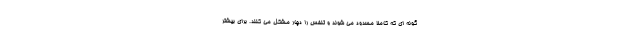
گونه ای که کاملا مسدود می شوند و تنفس را دچار مشکل می کنند. برای بیشتر